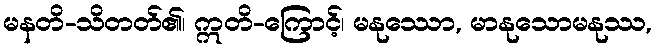
မနတိ-သိတတ်၏၊ ဣတိ-ကြောင့်၊ မနုဿော, မာနုသောမနုဿ,